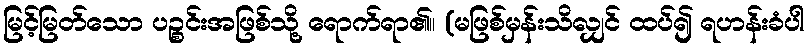
မြင့်မြတ်သော ပဉ္စင်းအဖြစ်သို့ ရောက်ရာ၏။ (မဖြစ်မှန်းသိလျှင် ထပ်၍ ရဟန်းခံပါ